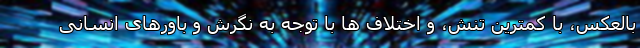
بالعکس، با کمترین تنش، و اختلاف ها با توجه به نگرش و باورهای انسانی